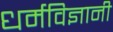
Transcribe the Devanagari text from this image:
धर्मविज्ञानी